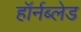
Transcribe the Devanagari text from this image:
हॉर्नब्लेड